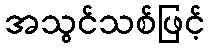
အသွင်သစ်ဖြင့်